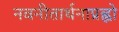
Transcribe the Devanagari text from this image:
नवनीतार्थनाप्रह्वो